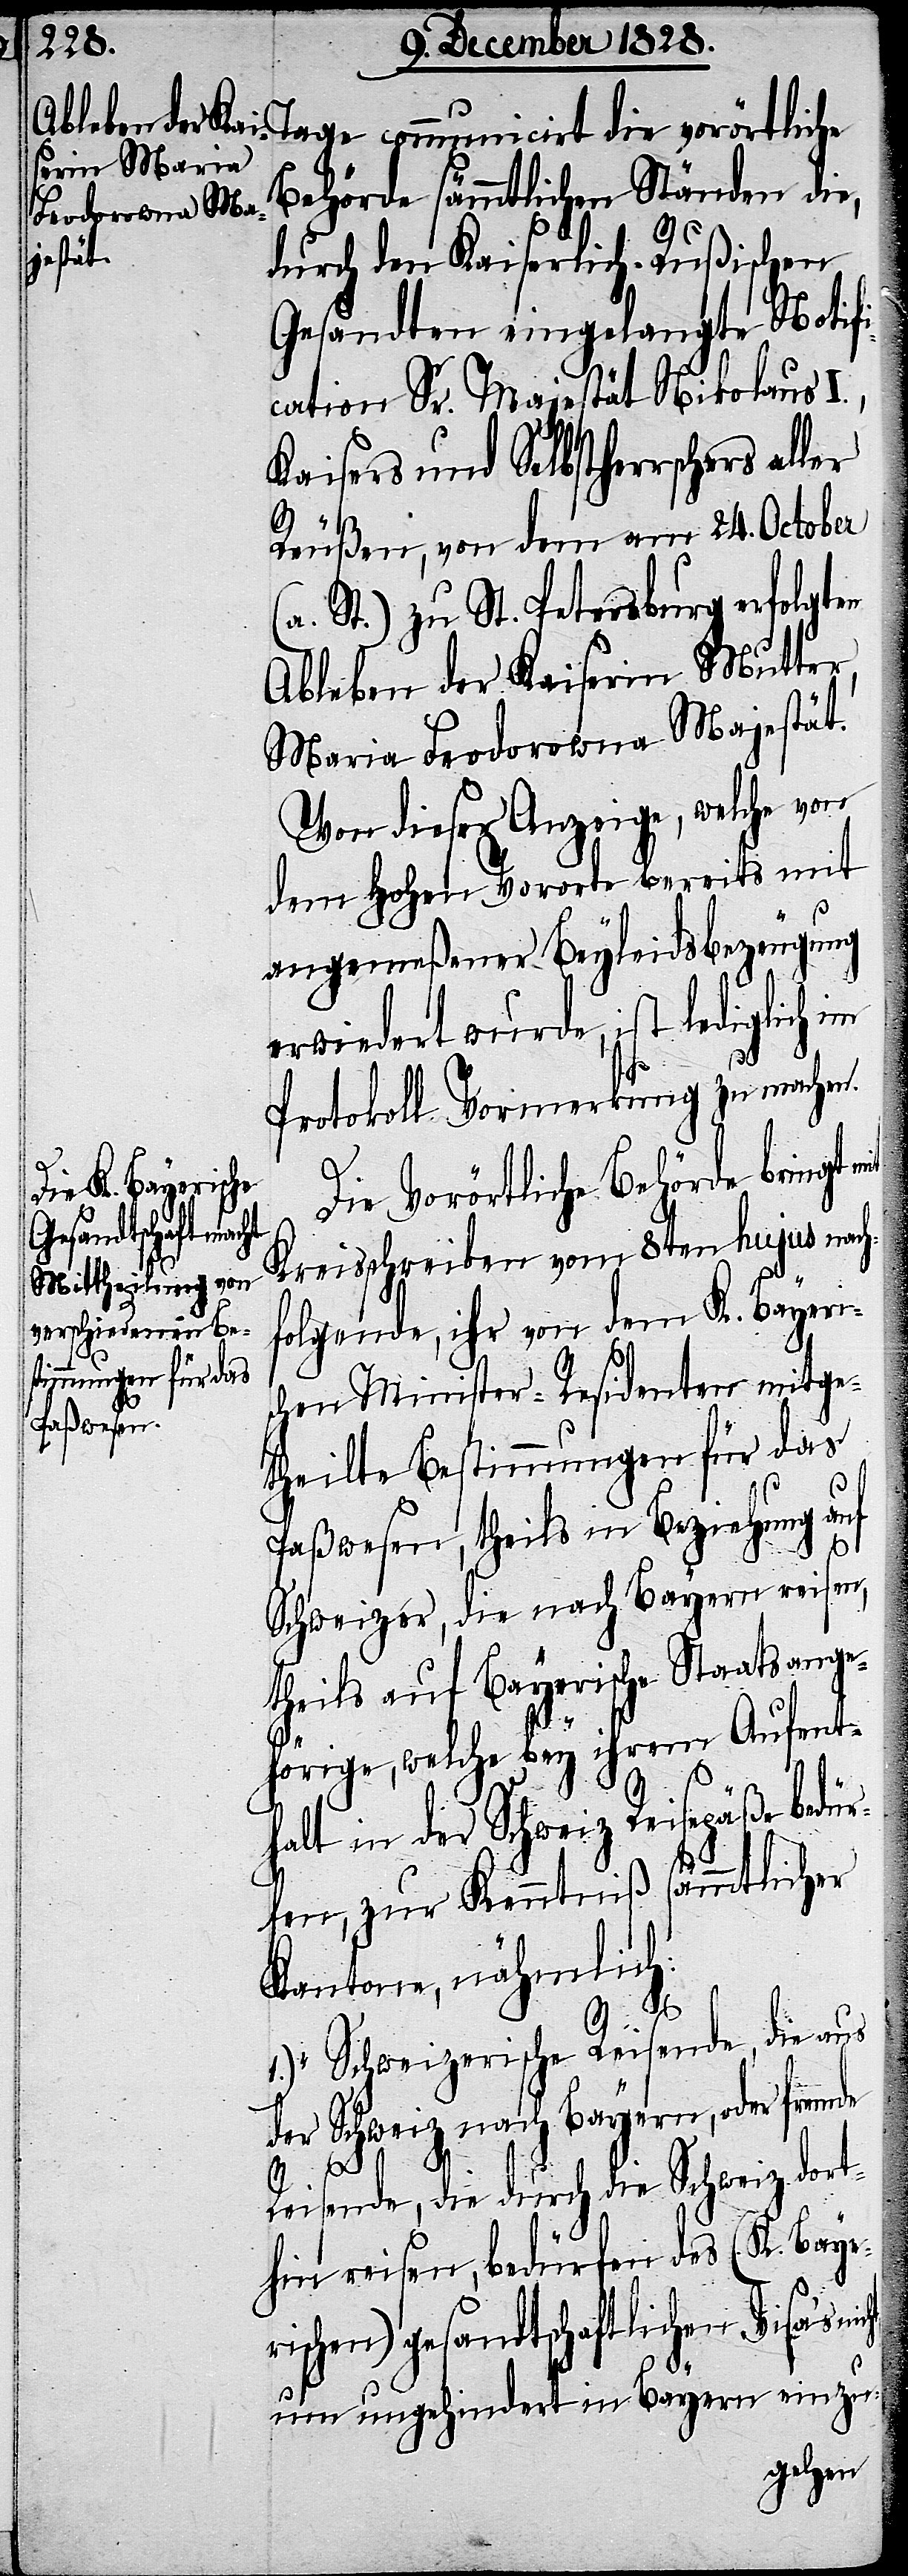
Tage communicirt die vorörtliche
Behörde sämmtlichen Ständen die,
durch den Kaiserlich-Rußischen
Gesandten eingelangte Notif¬
ication Sr. Majestät Nikolaus
Kaisers und Selbstherrschers aller
[sic!], von dem am 24. October
St.) zu St. Petersburg erfolgten
Ableben der Kaiserin Mutter,
Maria Feodorowna Majestät.
Von dieser Anzeige, welche von
dem Hohen Vororte bereits mit
angemeßener Beyleidsbezeugung
erwiedert wurde, ist lediglich im
Protokoll Vormerkung zu machen.
Die vorörtliche Behörde bringt
Kreisschreiben vom 8ten hujus nach¬
folgende, ihr von dem K. Bayeri¬
schen Minister-Residenten mitge¬
theilte Bestimmungen für das
Paßwesen, theils in Beziehung auf
Schweizer, die nach Bayern reisen,
theils auf Bayerische Staatsange¬
hörige, welche bey ihrem Aufent¬
halt in der Schweiz Reisepäße bed¬
ürfen, zur Kenntniß sämmtlicher
Kantone, nähmlich:
1.) „Schweizerische Reisende, die aus
der Schweiz nach Bayern, oder fremde
Reisende, die durch die Schweiz dort¬
hin reisen, bedürfen des (K. Bayer¬
ischen) gesandtschaftlichen Visa‘s
um ungehindert in Bayern einzu-